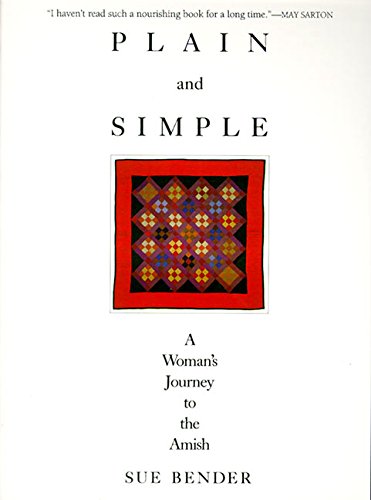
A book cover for Plain and Simple: A Woman's Journey to the Amish; Sue Bender; Christian Books & Bibles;